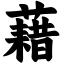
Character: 藉